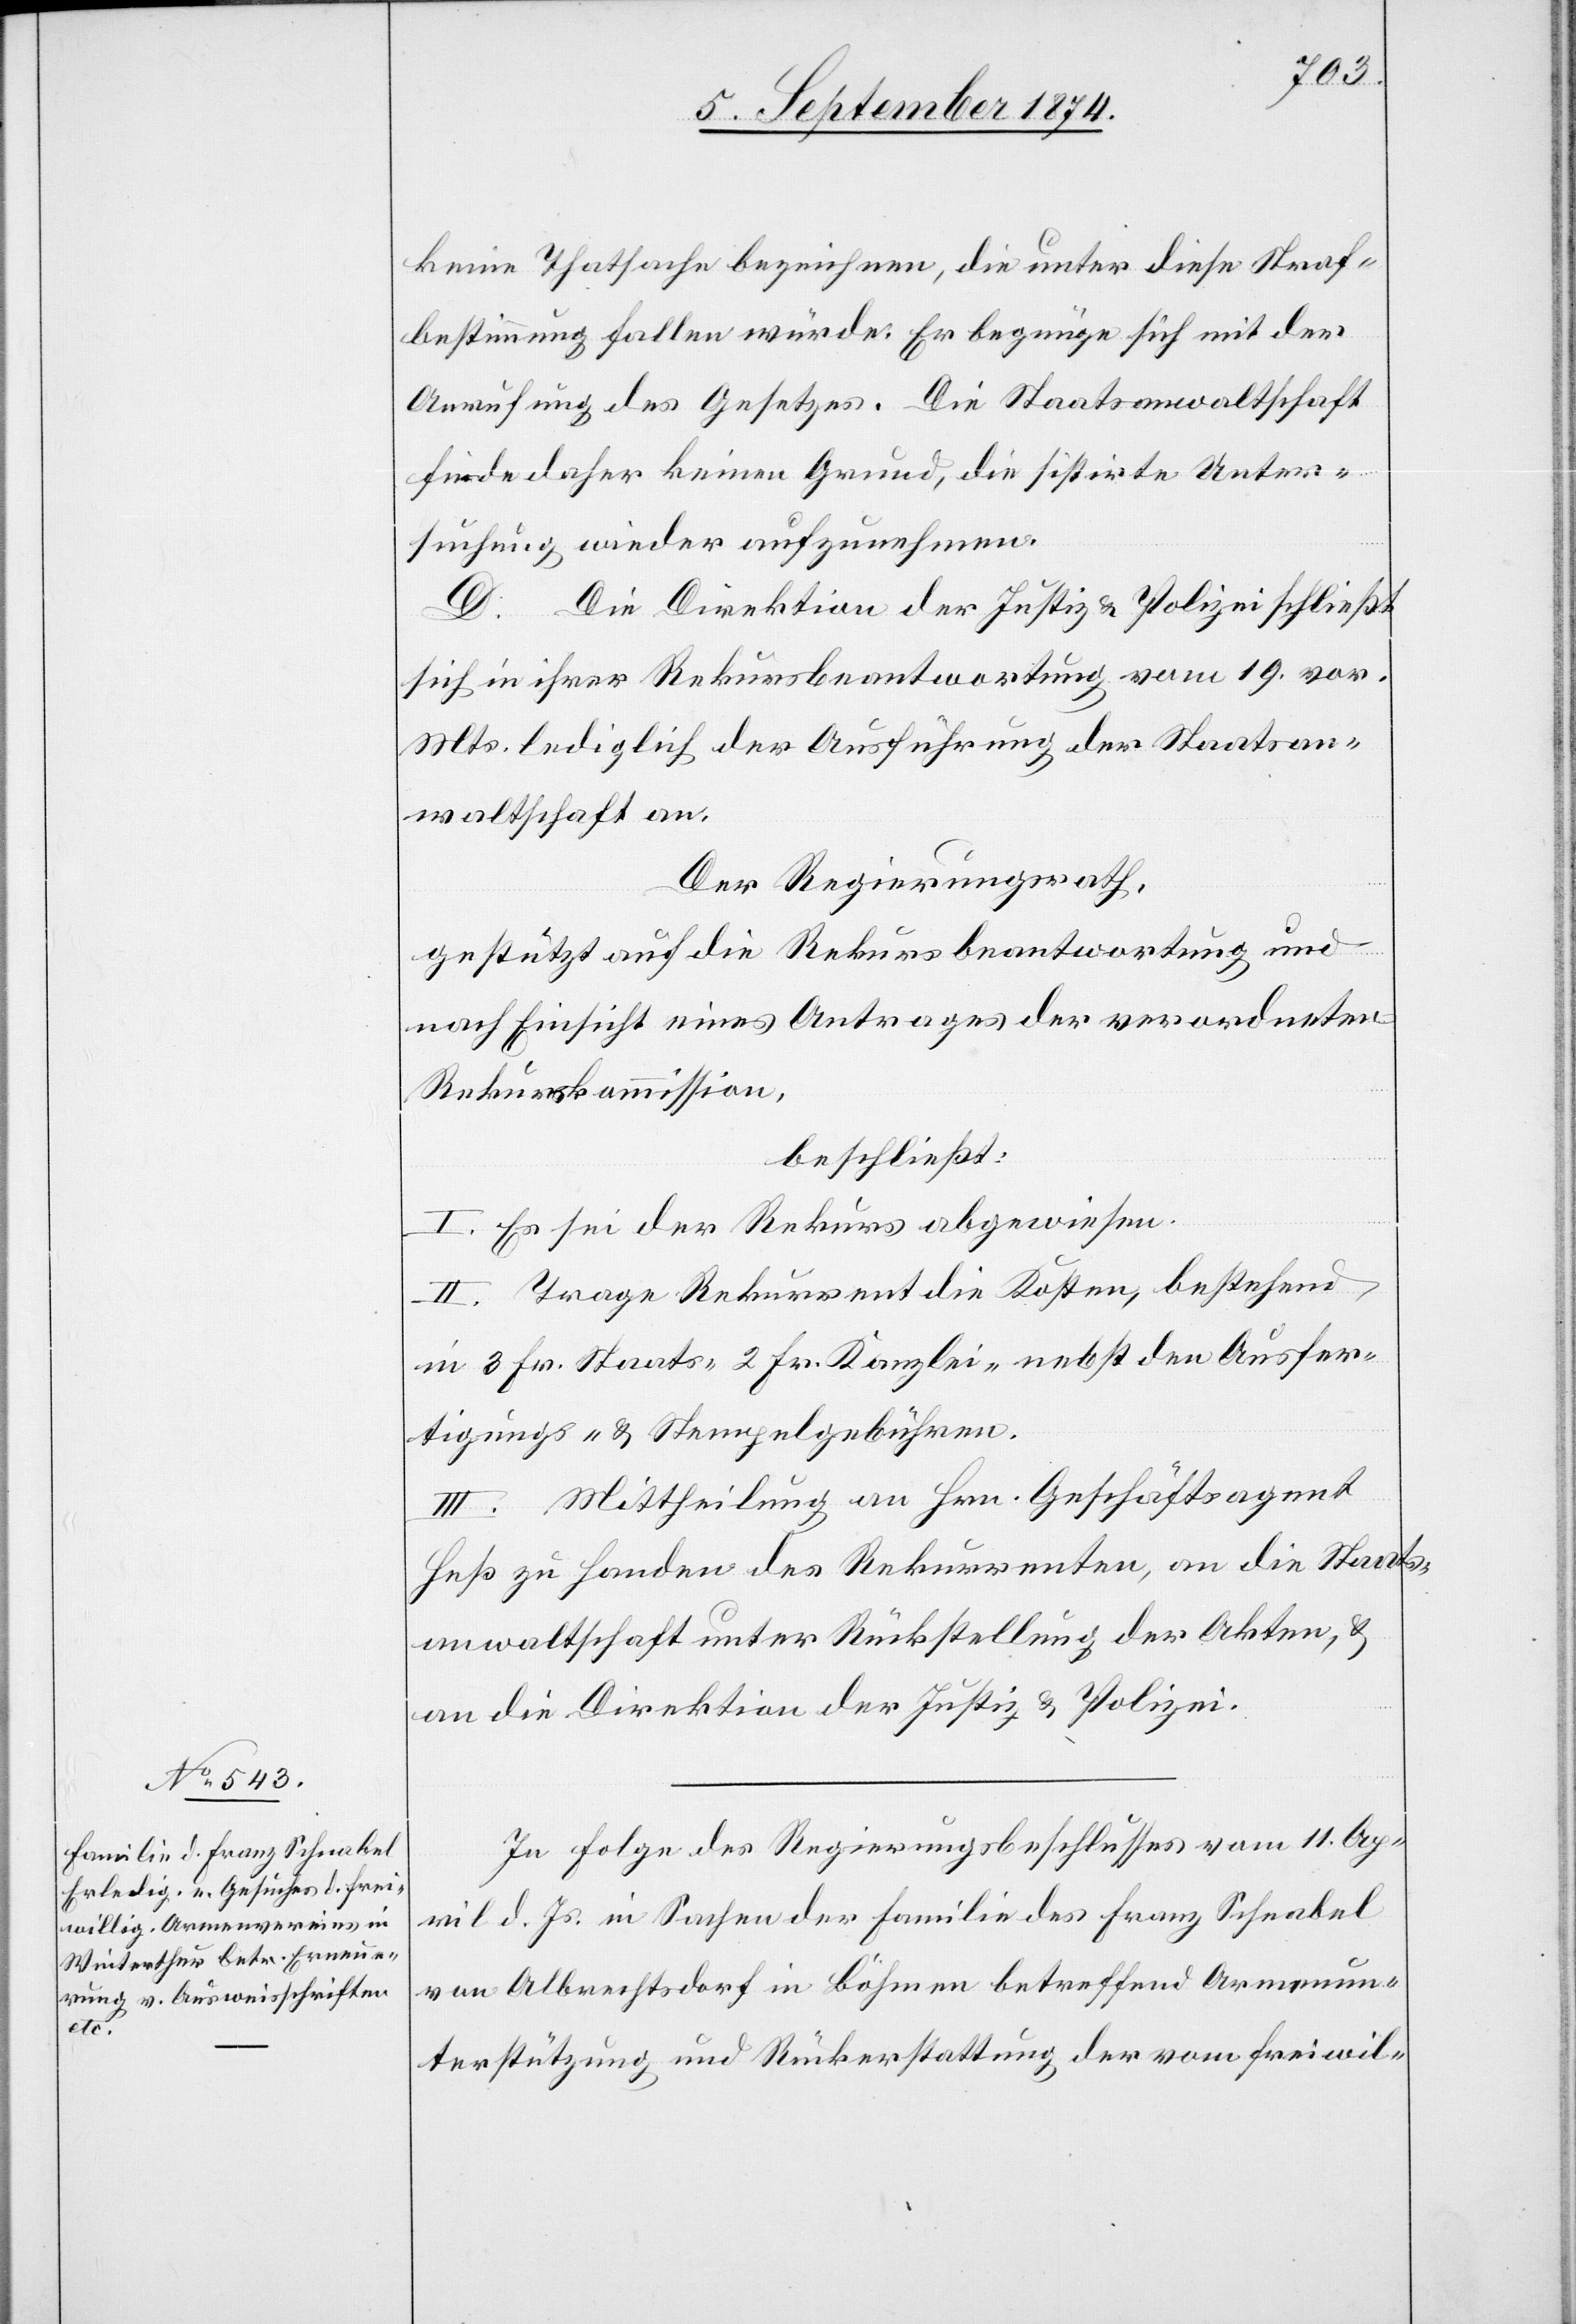
In Folge des Regierungsbeschlusses vom 11. Ap¬
ril d. Js. in Sachen der Familie des Franz Schnabel
von Albrechtsdorf in Böhmen betreffend Armenun¬
terstützung und Rückerstattung der vom freiwil-